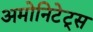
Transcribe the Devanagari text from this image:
अमोनिटेट्स